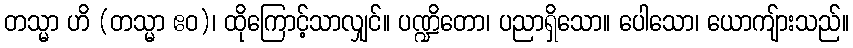
တသ္မာ ဟိ (တသ္မာ ဧဝ)၊ ထိုကြောင့်သာလျှင်။ ပဏ္ဍိတော၊ ပညာရှိသော။ ပေါသော၊ ယောကျ်ားသည်။